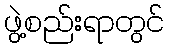
ဖွဲ့စည်းရာတွင်